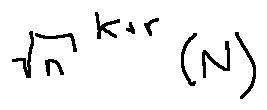
\sqrt { n } ^ { k + r } ( N )